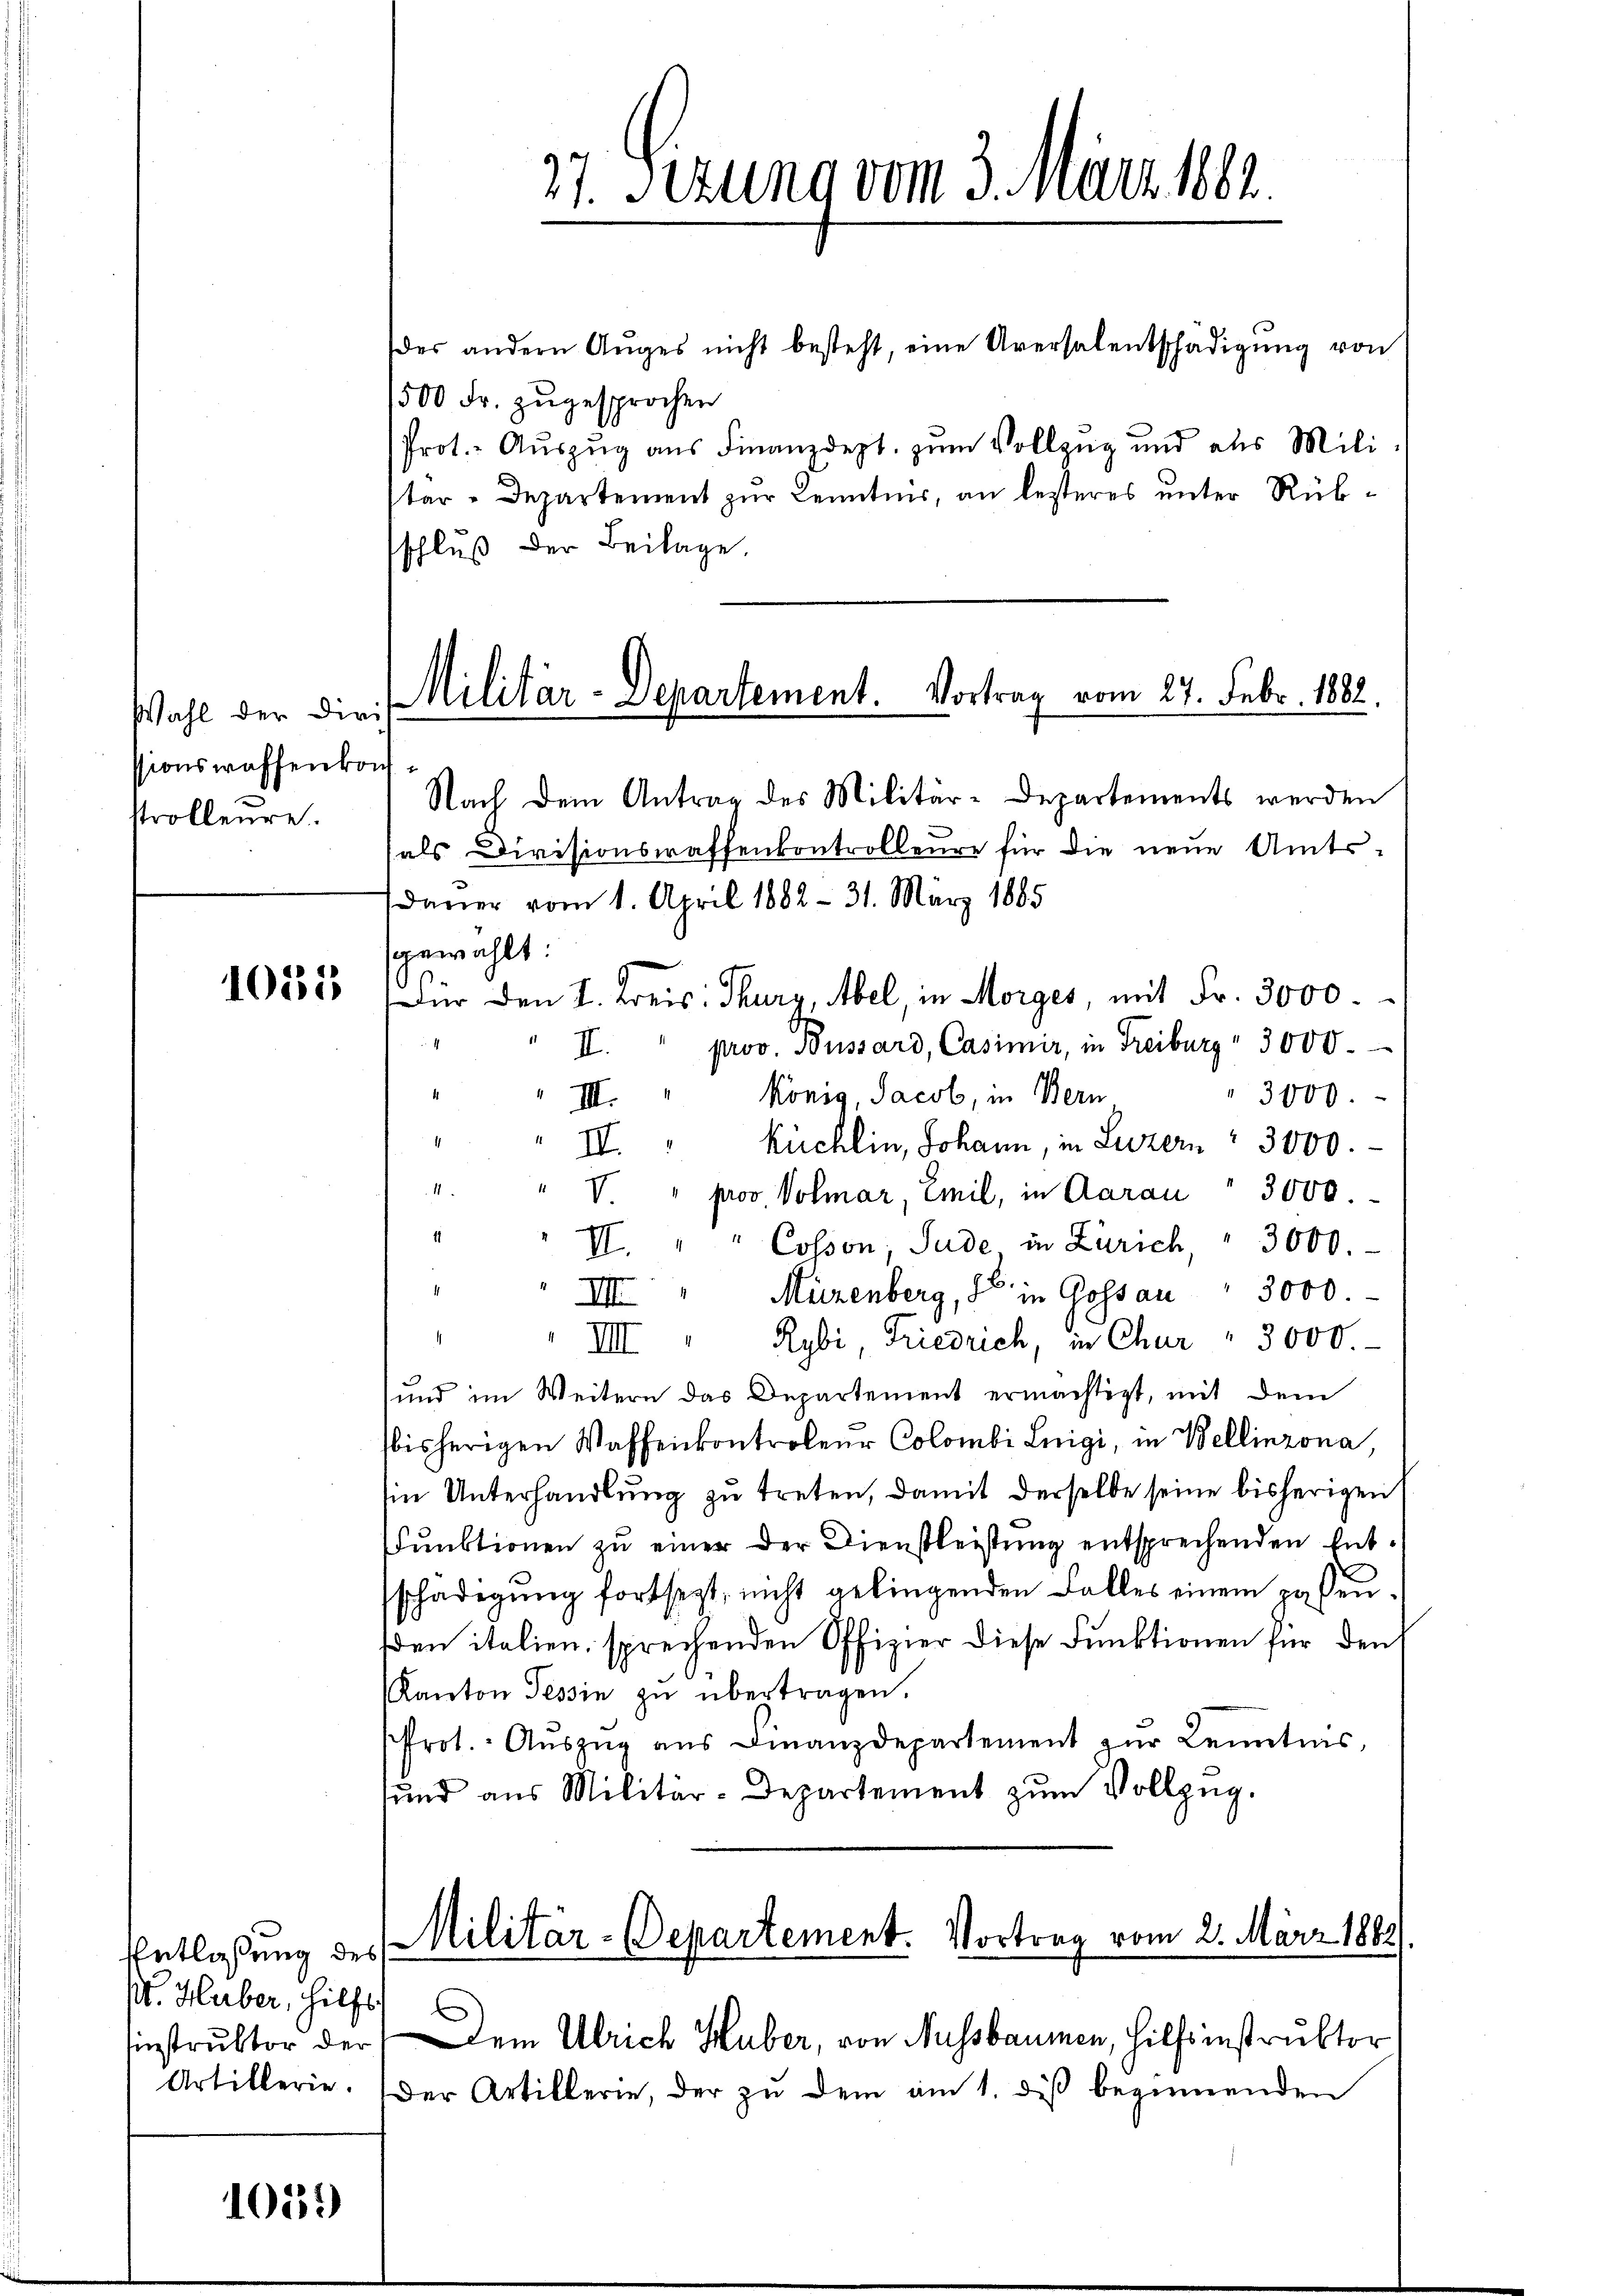
Wahl der Dirit
ssionswaffenkonf
strolleure.

1051

Entlassung des
W. Haber, Hilfs
Einstruktor der

1052)

27. Sizung vom 3. März 1881.

der andern Aŭges nicht besteht, eine Aversalentschädigŭng von
500 Fr. zugesprochen
Prot. Auszug aus Finanzdept. zum Vollzug und als Militar - Departement zur Kenntnis, an besteres unter Rübsschluß der Beilage

Militär-Departement. Vortrag vom 27. Febr. 1882.

Nach dem Antrag des Militär-Departements werden
als Divisionswaffenkontrolleure für die neue Amtsdauer vom 1. April 1882 - 31. März 1885
gewählt:
Der den I. Kreis: Thurg, Abel, in Morges, mit Fr. 3000.
" II. " prov. Bussard, Casimir, in Freiburg " 3000.
König, Jacob, in Bern
 III.
3000.
4
küchlin, Johann, in Luzern 3000.
II
1
" V. " prov Volmar, Emil, in Aarau " 3000.
11
II. " " Cosson, Sude in Zürich, " 3000.
E
III Müzenberg, So in Gossau " 3000
.
Rybi, Friedrich, in Chur " 3000
III.
und im Weitern das Departement ermächtigt, mit dem
bisherigen Waffenkontroleur Colombi Luigi, in Bellinzona
Ein Unterhandlung zu treten, damit derselbe seine bisherigen
Funktionen zu einer der Dienstleistung entsprechenden Entschädigung fortsezt, nicht gelingenden Falles einem passenden italien, sprechenden Offizier diese Funktionen für den
Kanton Tessin zŭ übertragen.
Prot. Aŭszŭg ans Finanzdepartement zur Kenntnis,
und aus Militär-Departement zŭm Vollzug.

Militär-Departement. Vortrag vom 2. März 1862

Dem Ulrich Huber, von Aussbaumen, Hilfsinstruktor
Artillerie. Der Artillerie, der zŭ dem am 1. diβ beginnenden